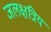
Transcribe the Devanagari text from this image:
जलक्षत्रिय